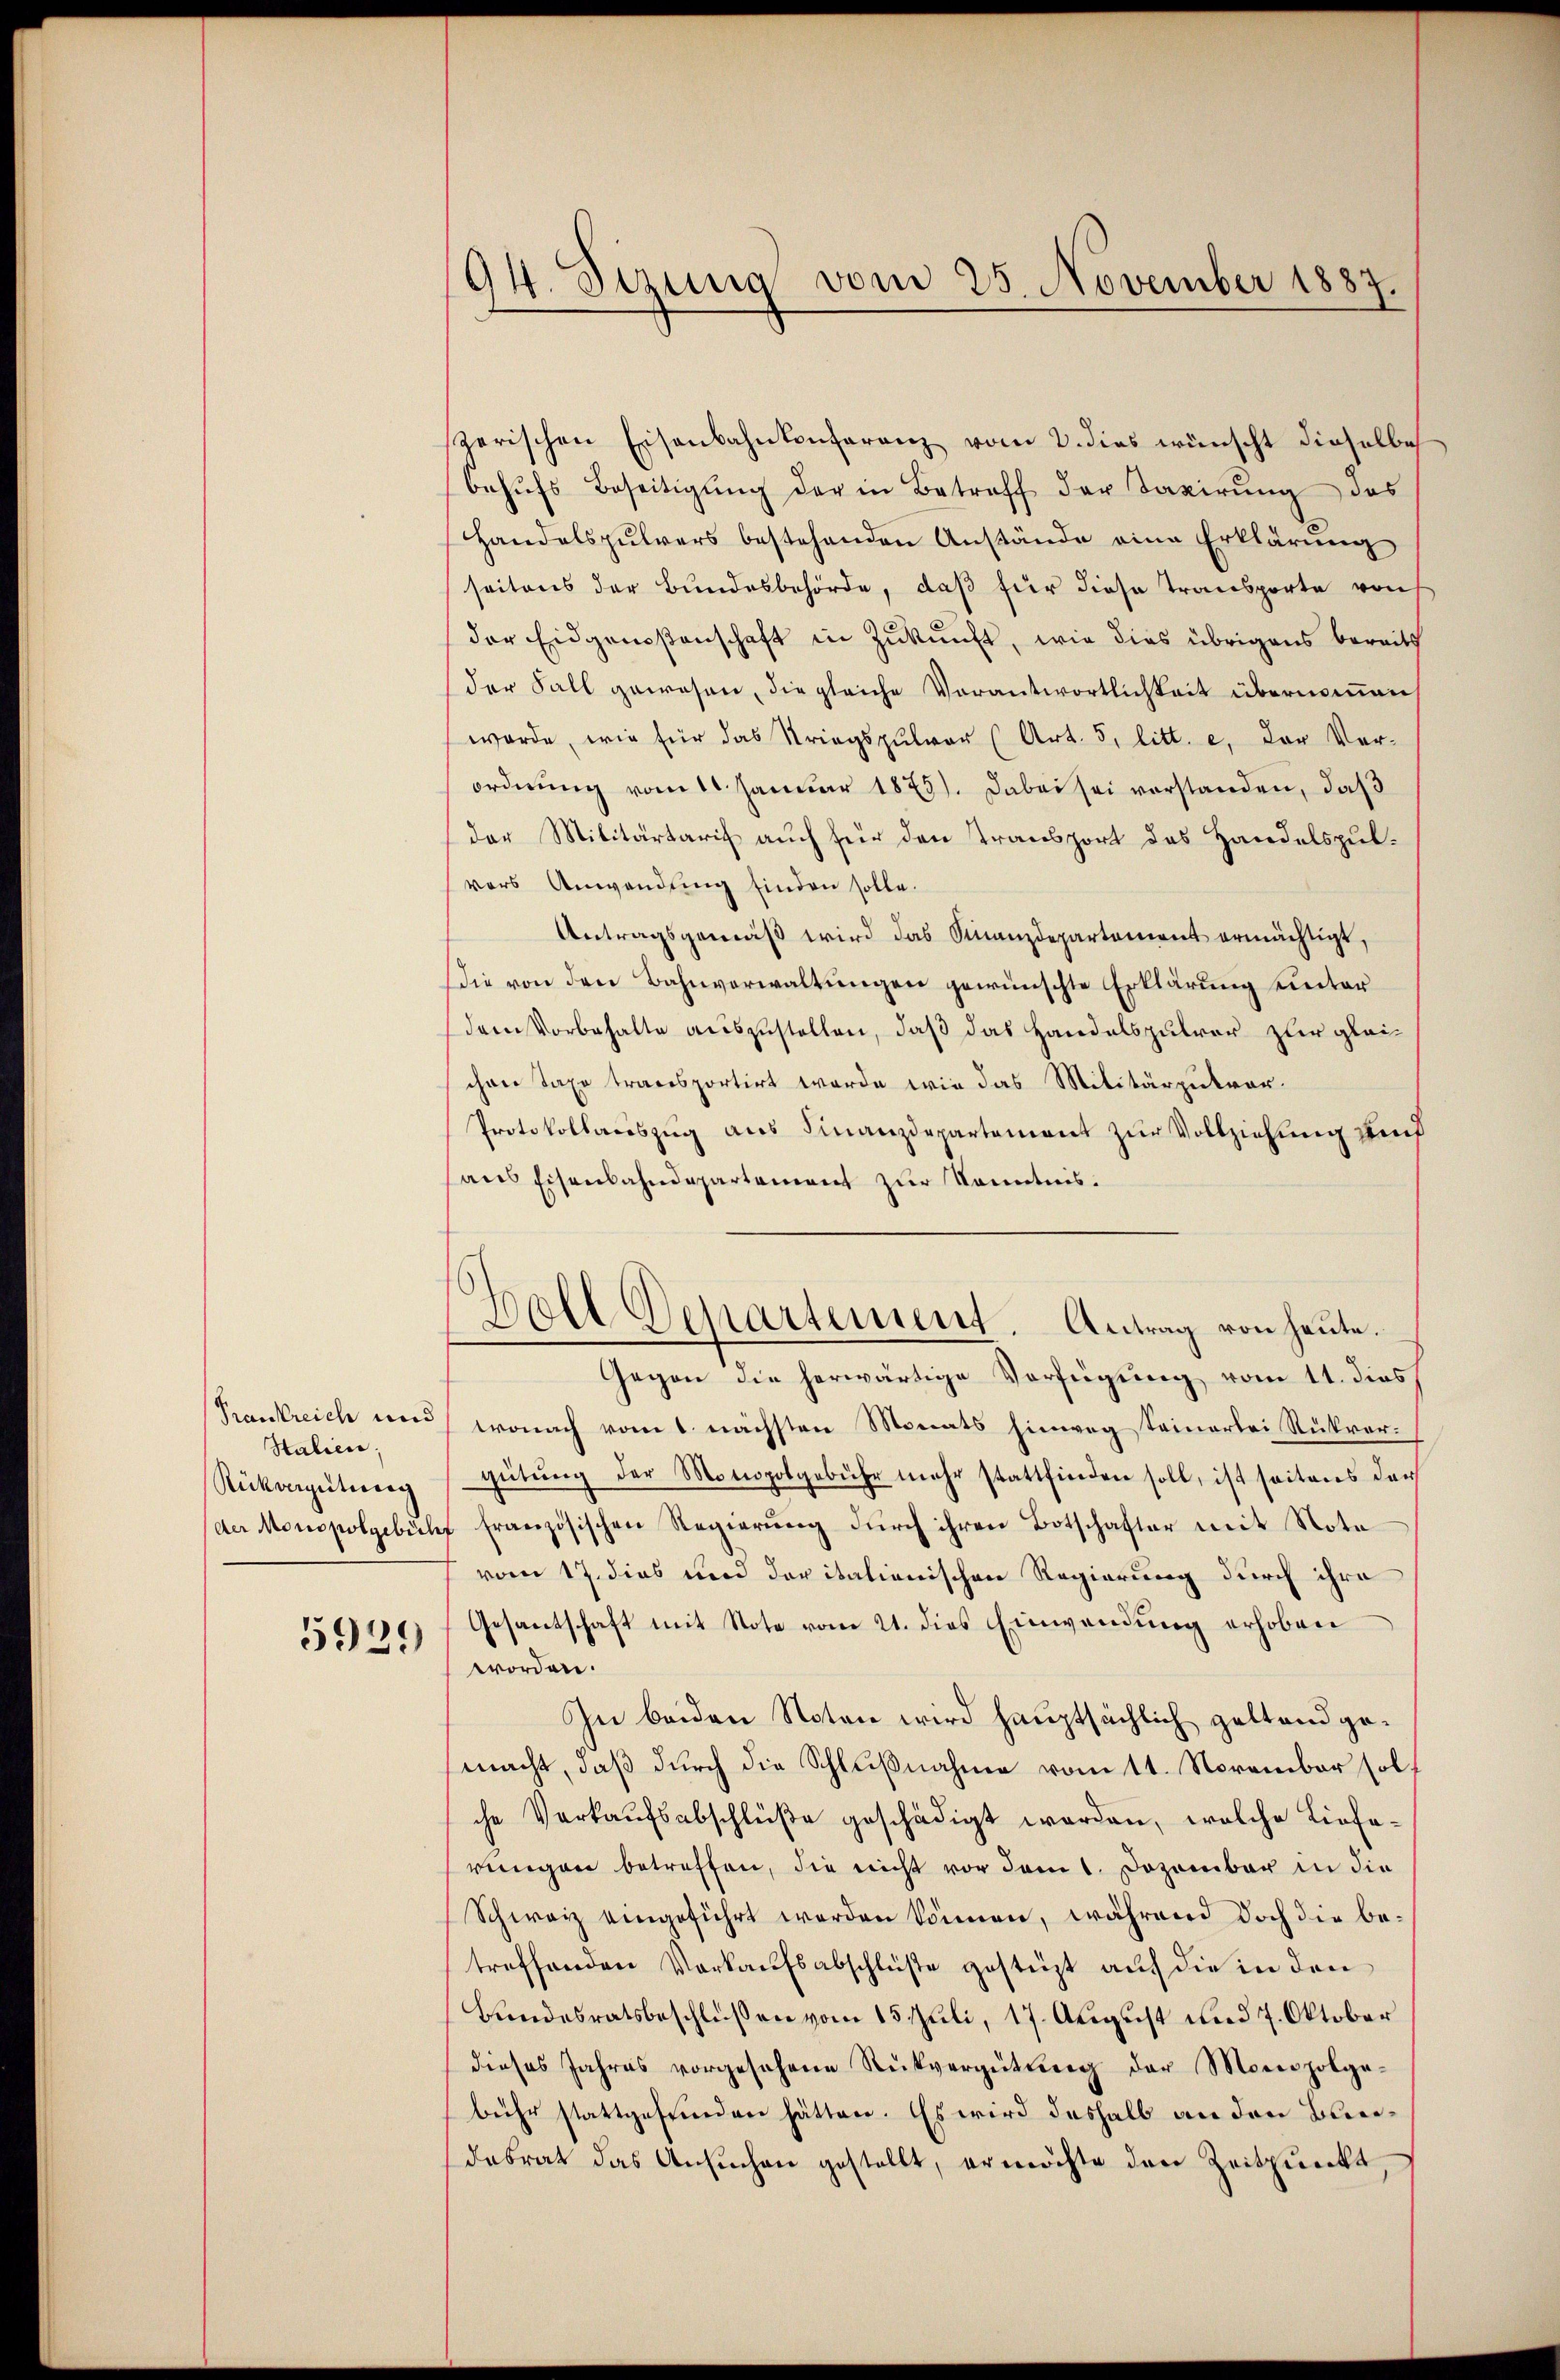
Frankreich und
Stalien;
Aukvergütung

5939

94. Sizung vom 25. November 1887.

zerischen Eisenbahnkonferenz vom 2. dies wünscht dieselbe
behŭfs Beseitigŭng der in Betreff der Taxirŭng des
Handelspulvers bestehenden Anstände eine Erklärung
seitens der Bundesbehörde, daß für diese Transporte von
der Eidgenoßenschaft in Zukunft, wie dies übrigens bereits
der Fall gewesen, die gleiche Verantwortlichkeit übernommen,
werde, wie für das Kriegspulver (Art. 5, litt. e. Der Verordnung vom 10. Januar 1875). Dabei sei verstanden, daß
der Militärtaris auch für den Transport des Handelspulvors Anwendung finden solle.
Antragsgemäß wird das Finanzdepartement ermächtigt,
Die von den Bahnverwaltungen gewünschte Erklärung unterdem Vorbehalte auszustellen, daß das Handelspulver zur gleichen Taxe transportirt werde, wie das Militärpukvor-
Protokollauszug aus Finanzdepartement zur Vollziehung und
aus Eisenbahndepartement zur Kenntnis.
Gegen die herwärtige Verfügung vom 11. dies
wonach vom 1. nächsten Monats hinweg seinerlei Rückvergütŭng der Monopolgebühr mehr stattfinden soll, ist seitens der
der Monopolgebühr französischen Regierŭng dŭrch ihren Botschafter mit Nota
vom 17. dies und der italienischen Regierung durch ihre
Gesantschaft mit Note vom 21. dies Einwendung erhoben
worden.
In beiden Noten wird hauptsächlich geltend gemacht, daß durch die Schlußnahme vom 11. November solche Verkaufsabschlüße geschädigt worden, welche Lieferengen betreffen, die nicht vor dem 1. Dezember in die
Schweiz eingeführt werden können, während doch die betreffenden Vorkaufsabschlüße gestüzt auf die in den
Bundesratsbeschlüßen vom 15. Juli, 17. August und 7. Oktober
dieses Jahres vorgesehene Rückvergütŭng der Monopolge-
bühr stattgefunden hätten. Es wird deshalb an den Bundabrat das Ansuchen gestellt, ermöchte den Zeitpunkt

Goll Departement. Antrag von heute.